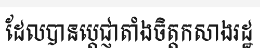
ដែលបានប្តេជ្ញាតាំងចិត្តកសាងរដ្ឋ